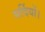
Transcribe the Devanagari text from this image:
सर्दियों।